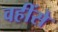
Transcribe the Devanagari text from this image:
वहींसे